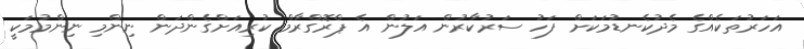
އަހަރުތަކެއްގެ މެދުކެނޑުމަކަށް ފަހު ސަރުކާރުން އަލުން އެ ޕްރޮގްރާމް ކުރިއަށްގެންދަން ނިންމި ނިންމުމަކީ